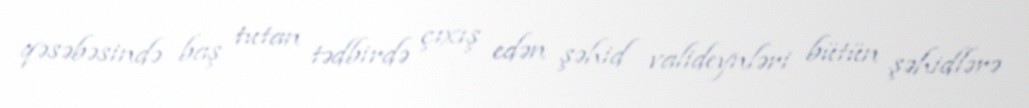
qəsəbəsində baş tutan tədbirdə çıxış edən şəhid valideynləri bütün şəhidlərə